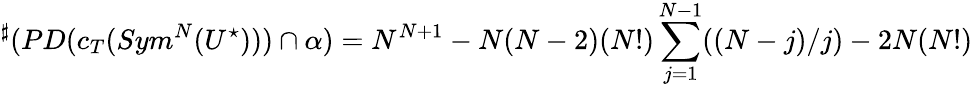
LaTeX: {}^{\sharp}(PD(c_{T}(Sym^{N}(U^{\star})))\cap\alpha)=N^{N+1}-N(N-2)(N!)\sum_{j=1}^{N-1}((N-j)/j)-2N(N!)